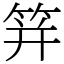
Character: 䈂